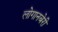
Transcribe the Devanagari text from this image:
लोगानबेरी